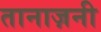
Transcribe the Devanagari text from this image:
तानाज़नी